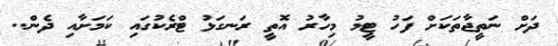
ދަށް ނަތީޖާތަކަށް ފަހު ޓީމު މިހާރު އޮތީ ރަނގަޅު ޓްރެކުގައި ކަމަށާއި ދެން..